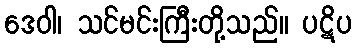
ဒေဝါ၊ သင်မင်းကြီးတို့သည်။ ပဋိပ